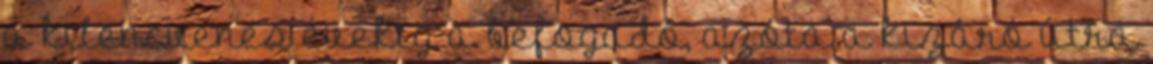
a kilencvenes évekig a befogadó, azóta a kizáró útra